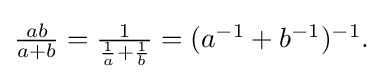
{\textstyle {\frac {ab}{a+b}}={\frac {1}{{\frac {1}{a}}+{\frac {1}{b}}}}=(a^{-1}+b^{-1})^{-1}.}